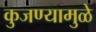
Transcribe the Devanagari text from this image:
कुजण्यामुळे